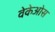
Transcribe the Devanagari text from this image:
वेकेओस